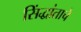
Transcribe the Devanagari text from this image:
सिंद्धांताचे